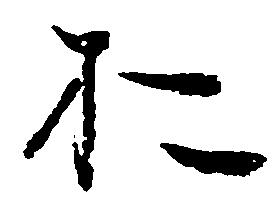
於